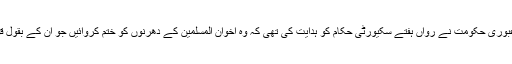
فوج کی حمایت یافتہ مصر کی عبوری حکومت نے رواں ہفتے سکیورٹی حکام کو ہدایت کی تھی کہ وہ اخوان المسلمین کے دھرنوں کو ختم کروائیں جو ان کے بقول قومی سلامتی کے لیے خطرہ ہیں۔